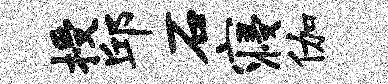
授邱石寝伽